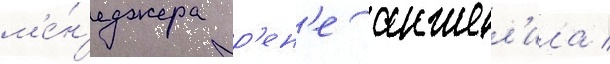
м'е́н'еджера р'ен'е анжел'ила /